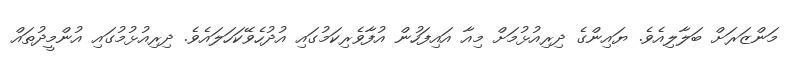
މަންޒަރަށް ބަލާލިއެވެ. ޔައިންގެ ދިރިއުޅުމަށް މިއާ އައިފަހުން އުފާވެރިކަމުގައި އުދުހެވޭކަހަލައެވެ. ދިރިއުޅުމުގައި އުންމީދުތައް